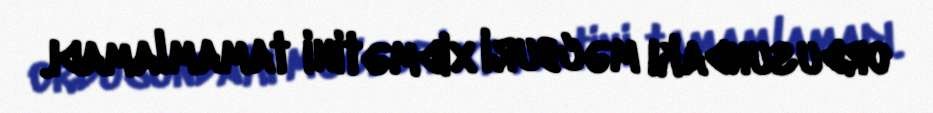
ordusundakı məcburi xidmətini tamamlamadı.